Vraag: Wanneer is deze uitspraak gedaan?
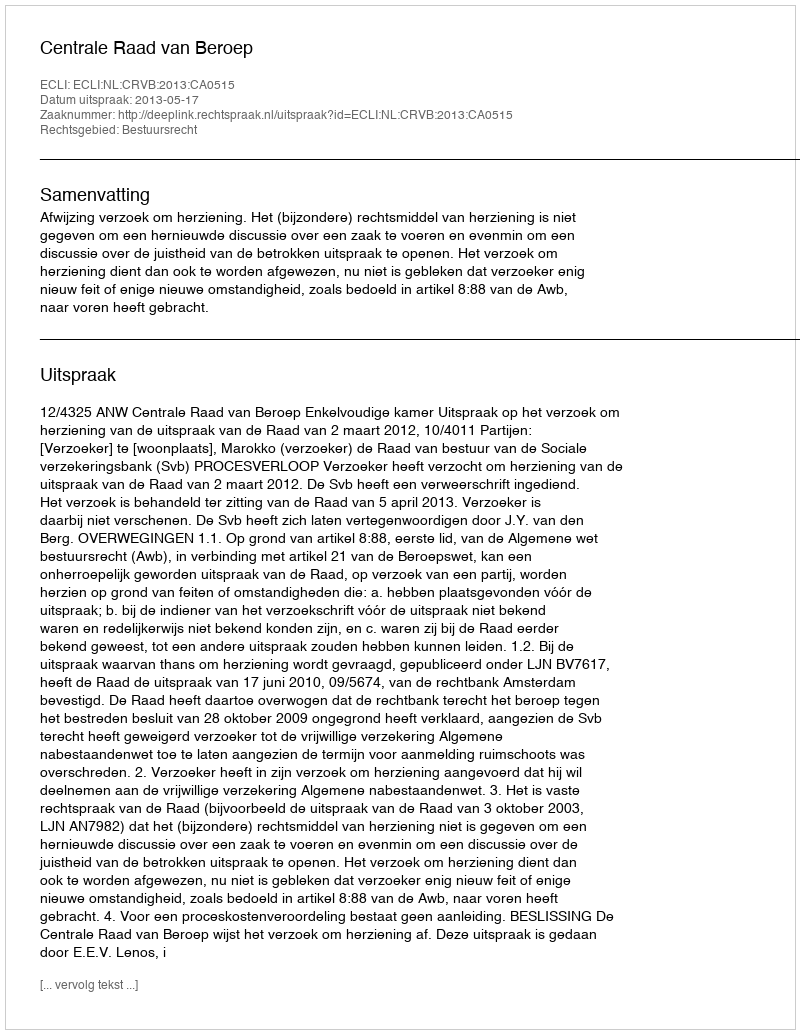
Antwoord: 2013-05-17